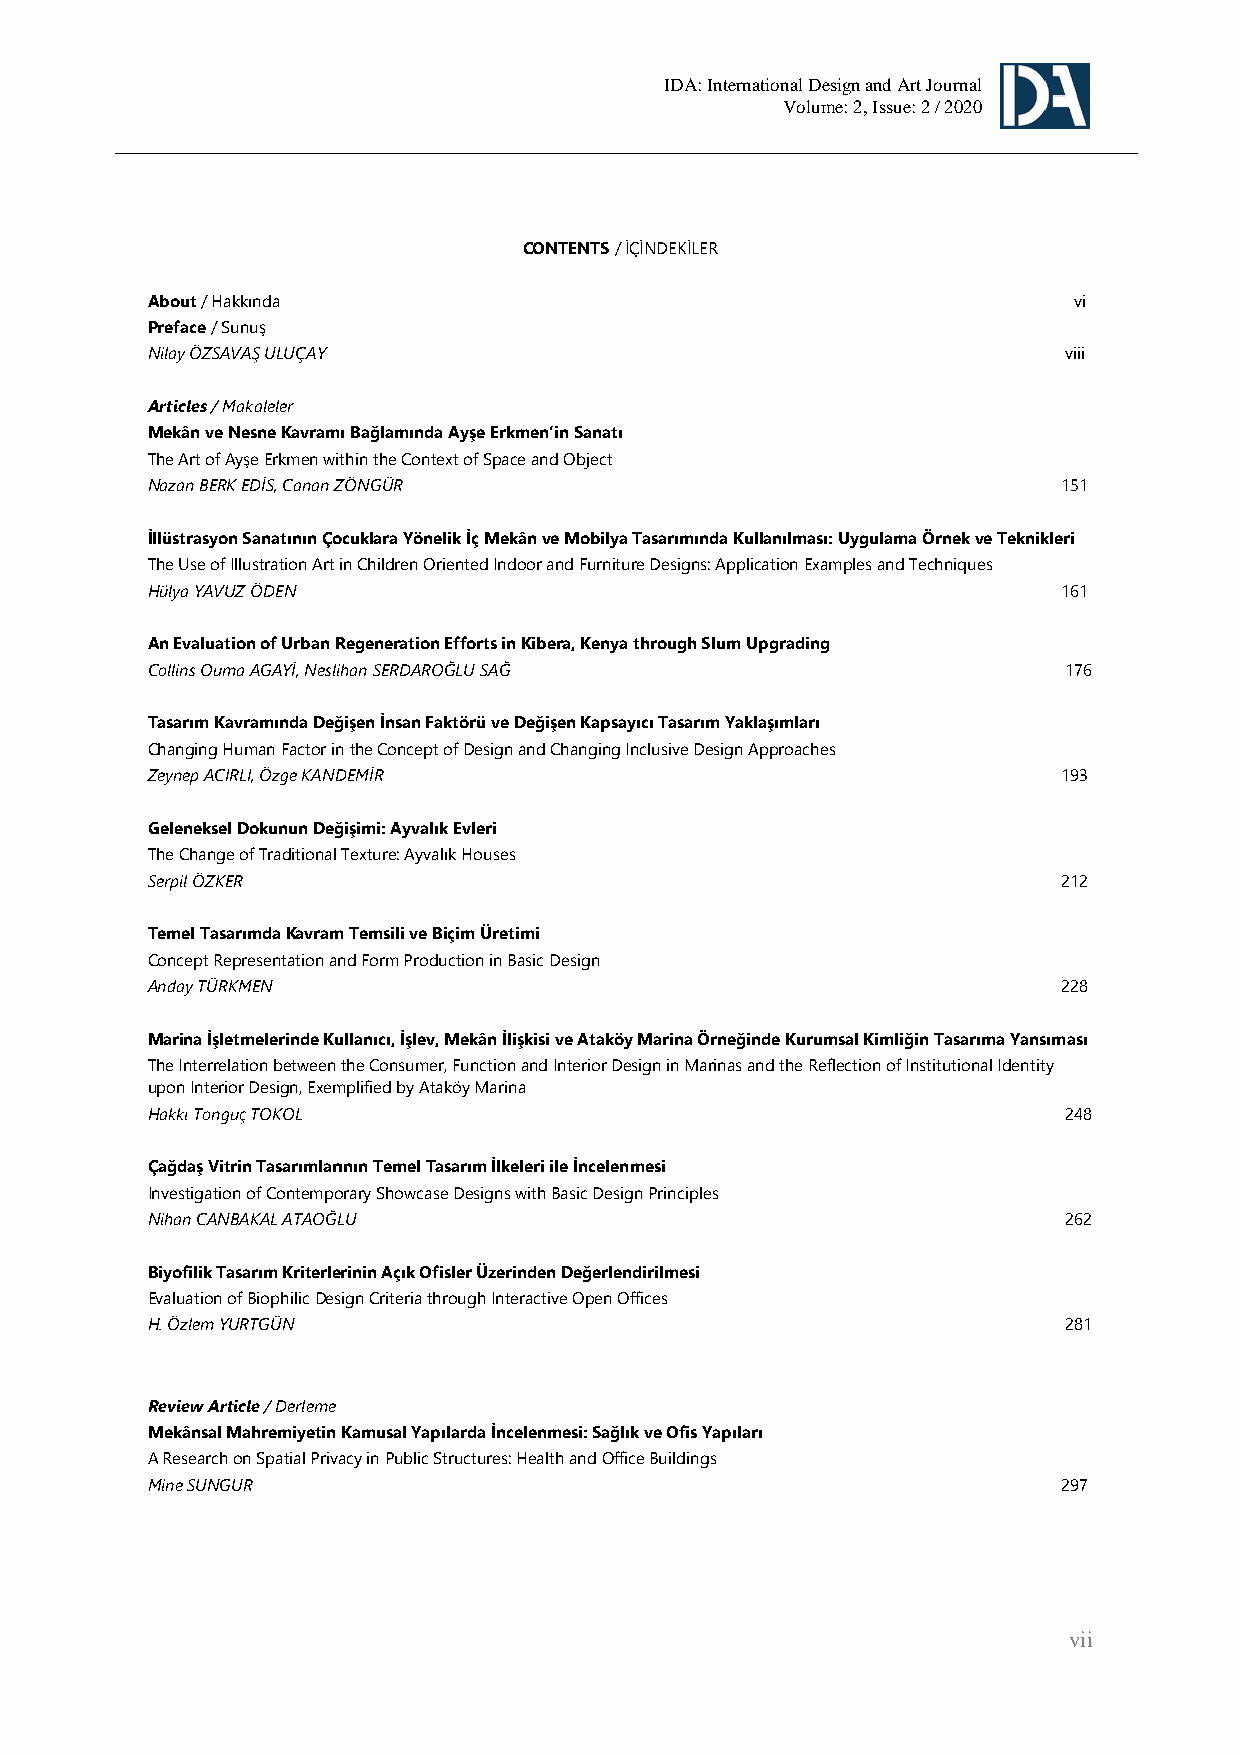
IDA: International Design and Art Journal
 Volume: 2, Issue: 2 / 2020
 CONTENTS / İÇİNDEKİLER
 About / Hakkında                                             vi
 Preface / Sunuş
 Nilay ÖZSAVAŞ ULUÇAY                                        viii
 Articles / Makaleler
 Mekân ve Nesne Kavramı Bağlamında Ayşe Erkmen’in Sanatı
 The Art of Ayşe Erkmen within the Context of Space and Object
 Nazan BERK EDİS, Canan ZÖNGÜR                               151
 İllüstrasyon Sanatının Çocuklara Yönelik İç Mekân ve Mobilya Tasarımında Kullanılması: Uygulama Örnek ve Teknikleri
 The Use of Illustration Art in Children Oriented Indoor and Furniture Designs: Application Examples and Techniques
 Hülya YAVUZ ÖDEN                                            161
 An Evaluation of Urban Regeneration Efforts in Kibera, Kenya through Slum Upgrading
 Collins Ouma AGAYİ, Neslihan SERDAROĞLU SAĞ                 176
 Tasarım Kavramında Değişen İnsan Faktörü ve Değişen Kapsayıcı Tasarım Yaklaşımları
 Changing Human Factor in the Concept of Design and Changing Inclusive Design Approaches
 Zeynep ACIRLI, Özge KANDEMİR                                193
 Geleneksel Dokunun Değişimi: Ayvalık Evleri
 The Change of Traditional Texture: Ayvalık Houses
 Serpil ÖZKER                                                212
 Temel Tasarımda Kavram Temsili ve Biçim Üretimi
 Concept Representation and Form Production in Basic Design
 Anday TÜRKMEN                                               228
 Marina İşletmelerinde Kullanıcı, İşlev, Mekân İlişkisi ve Ataköy Marina Örneğinde Kurumsal Kimliğin Tasarıma Yansıması
 The Interrelation between the Consumer, Function and Interior Design in Marinas and the Reflection of Institutional Identity
 upon Interior Design, Exemplified by Ataköy Marina
 Hakkı Tonguç TOKOL                                          248
 Çağdaş Vitrin Tasarımlarının Temel Tasarım İlkeleri ile İncelenmesi
 Investigation of Contemporary Showcase Designs with Basic Design Principles
 Nihan CANBAKAL ATAOĞLU                                      262
 Biyofilik Tasarım Kriterlerinin Açık Ofisler Üzerinden Değerlendirilmesi
 Evaluation of Biophilic Design Criteria through Interactive Open Offices
 H. Özlem YURTGÜN                                            281
 Review Article / Derleme
 Mekânsal Mahremiyetin Kamusal Yapılarda İncelenmesi: Sağlık ve Ofis Yapıları
 A Research on Spatial Privacy in Public Structures: Health and Office Buildings
 Mine SUNGUR                                                 297
 vii